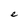
Character: e